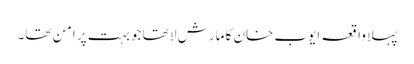
پہلا واقعہ ایوب خان کا مارش لا تھا جو بہت پر امن تھا۔